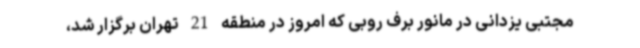
مجتبی یزدانی در مانور برف روبی که امروز در منطقه 21 تهران برگزار شد،